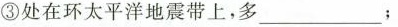
③处在环太平洋地震带上，多___；